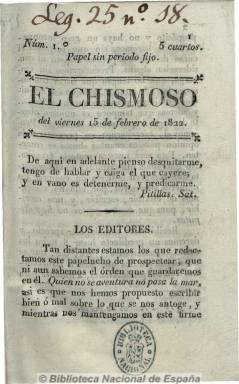
Título: El Chismoso (Murcia)
Colección: Periódicos anteriores a 1850
Ámbito geográfico: Murcia
Lugar de publicación: Murcia
Fechas: 15/02/1822-21/08/1822

“Papel sin periodo fijo”, como expresa en su cabecera, estuvo apareciendo unas seis veces al mes en el tramo central del Trienio Liberal murciano. Su colección, de 30 números, se inicia el 15 de febrero de 1822 y acaba el 21 de agosto de este año, sin que se sepa sin siguió apareciendo. De tendencia liberal, patriótica y constitucionalista, se autoproclamó moderado, aunque en otras ocasiones se expresara como exaltado. Se publicó para difundir “cuantos abusos se cometieran”; tal como escribió en su primer número, dando cabida a artículos de fondo y a numerosos sueltos en los que informaba de cuantos sucesos políticos ocurrían en localidades y capitales españolas, pero preferentemente en los de esta provincia. Sus textos están escritos con un tono ligero e irónico, pero no por ello carente de gran interés por las curiosas y abundantes noticias sobre los sucesos políticos y las vicisitudes de los diferentes partidos que actuaron en este periodo histórico, así como las polémicas y enfrentamientos en las que intervino con los restantes periódicos. De un tamaño pequeñísimo y números de 16 páginas y numeración continuada, editó algunos suplementos, y se desconoce quienes fueron sus editores. Algunos de sus números fueron denunciados por sus contrincantes ideológicos. Fue estampado en la imprenta de la Viuda de Antonio Santamaría e Hijo. Véase Artículos remitidos a los editores del Chismoso y El redactor, periódicos impresos en 1822 en Murcia.